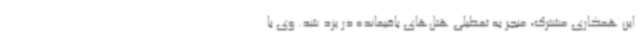
این همکاری مشترک، منجر به تعطیلی هتل‌های باقیمانده در یزد شد. وی با